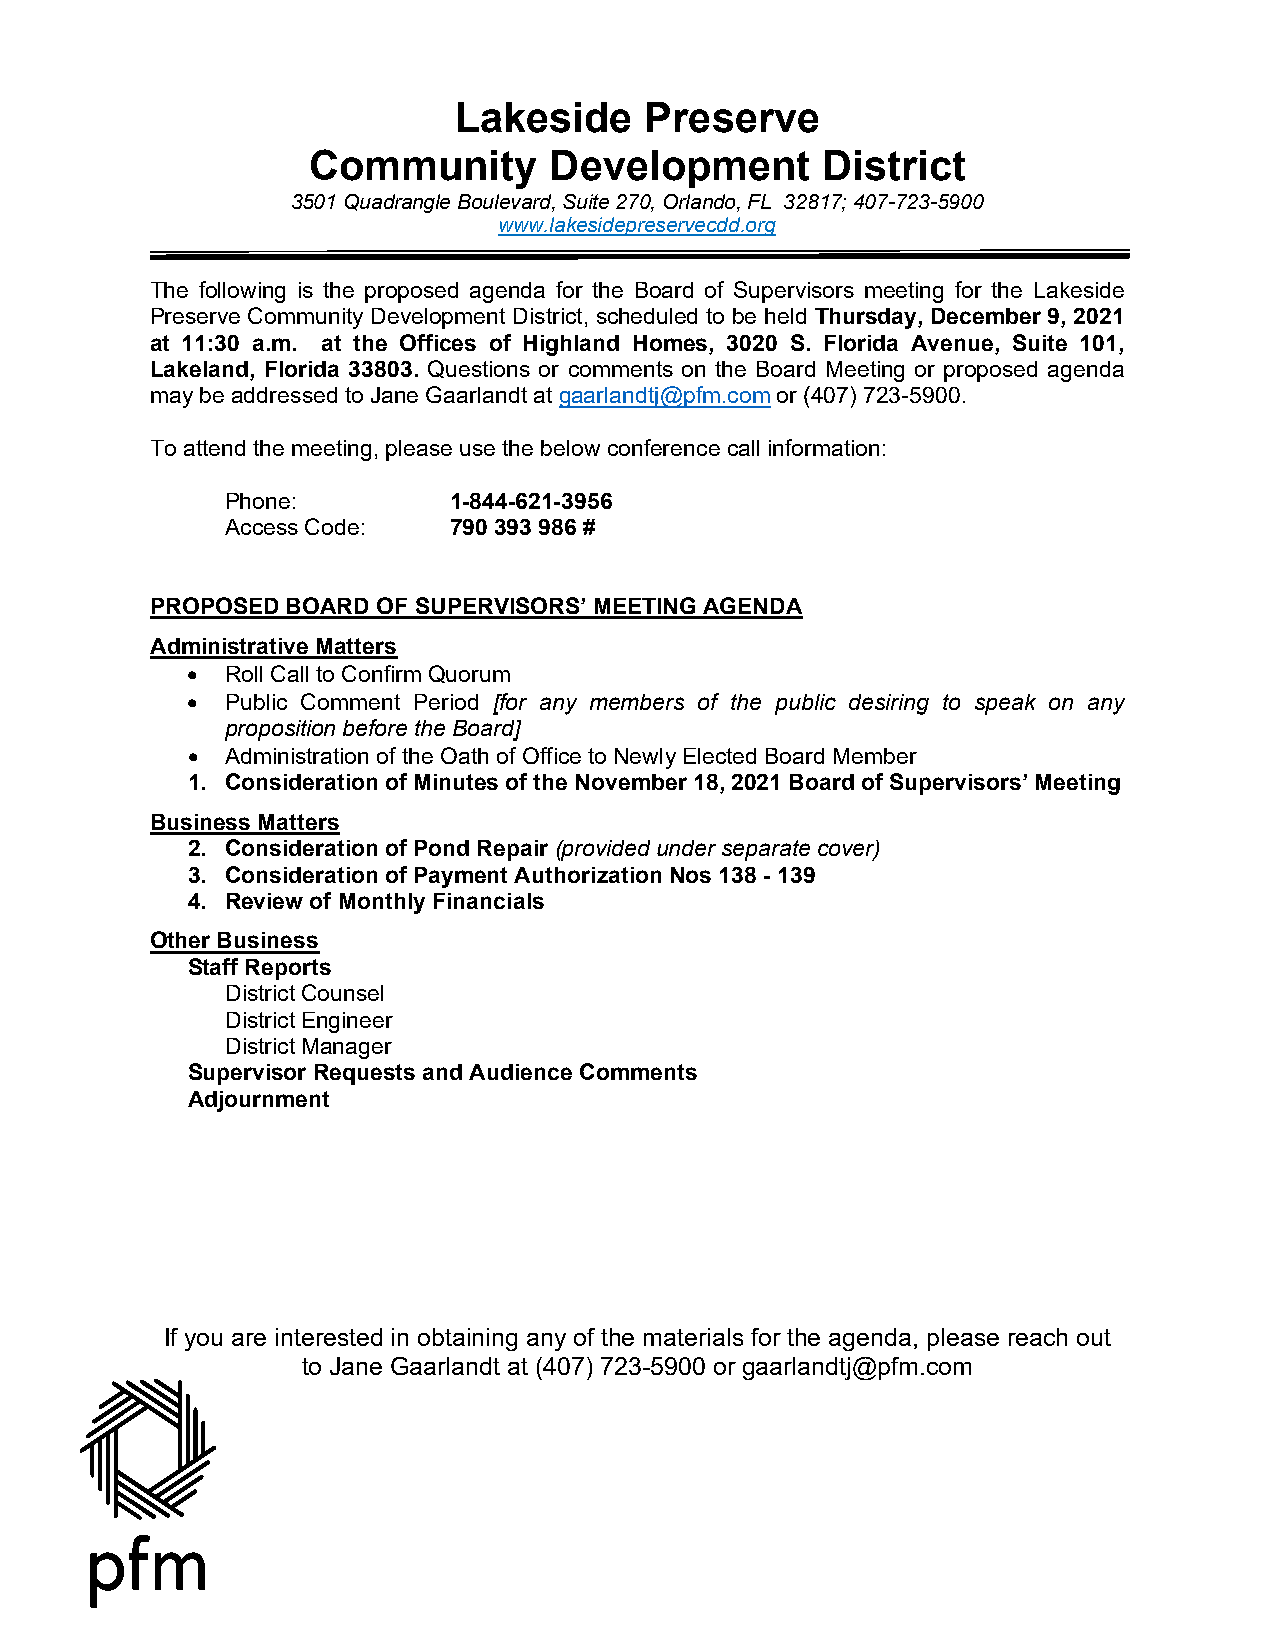
Lakeside     Preserve
 Community       Development       District
 3501 Quadrangle Boulevard, Suite 270, Orlando, FL 32817; 407-723-5900
 www.lakesidepreservecdd.org
 The following is the proposed agenda for the Board of Supervisors meeting for the Lakeside
 Preserve Community Development District, scheduled to be held Thursday, December 9, 2021
 at 11:30 a.m. at the Offices of Highland Homes, 3020 S. Florida Avenue, Suite 101,
 Lakeland, Florida 33803. Questions or comments on the Board Meeting or proposed agenda
 may be addressed to Jane Gaarlandt at gaarlandtj@pfm.com or (407) 723-5900.
 To attend the meeting, please use the below conference call information:
 Phone:         1-844-621-3956
 Access Code:   790 393 986 #
 PROPOSED BOARD OF SUPERVISORS’ MEETING AGENDA
 Administrative Matters
   Roll Call to Confirm Quorum
   Public Comment Period [for any members of the public desiring to speak on any
 proposition before the Board]
   Administration of the Oath of Office to Newly Elected Board Member
 1. Consideration of Minutes of the November 18, 2021 Board of Supervisors’ Meeting
 Business Matters
 2. Consideration of Pond Repair (provided under separate cover)
 3. Consideration of Payment Authorization Nos 138 - 139
 4. Review of Monthly Financials
 Other Business
 Staff Reports
 District Counsel
 District Engineer
 District Manager
 Supervisor Requests and Audience Comments
 Adjournment
 If you are interested in obtaining any of the materials for the agenda, please reach out
 to Jane Gaarlandt at (407) 723-5900 or gaarlandtj@pfm.com
 pfm